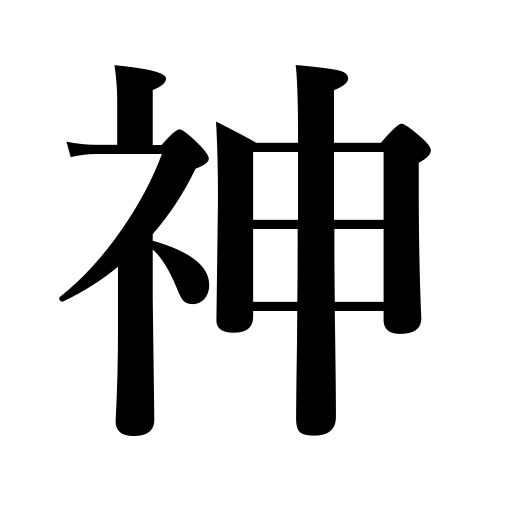
Meanings: soul,mind,god,God,Allah,deity